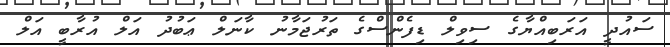
ސައުދީ އަރަބިއްޔާގެ ސިވިލް ޑިފެންސްގެ ތަރުޖަމާނު ކާނަލް ޢަބުދު އަލް އުރާބީ އަލް